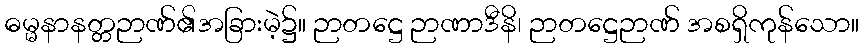
ဓမ္မနာနတ္တဉာဏ်၏အခြားမဲ့၌။ ဉာတဋ္ဌေ ဉာဏာဒီနိ၊ ဉာတဋ္ဌေဉာဏ် အစရှိကုန်သော။